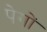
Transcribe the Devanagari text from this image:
पेगों